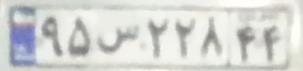
۹۵س۲۲۸۴۴